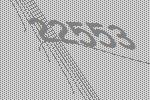
22553